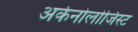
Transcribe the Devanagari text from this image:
अर्कनोलोजिस्ट